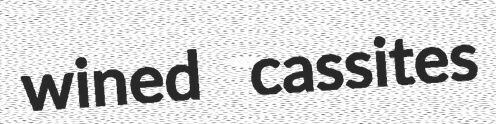
wined cassites